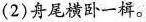
(2)舟尾横卧一样。